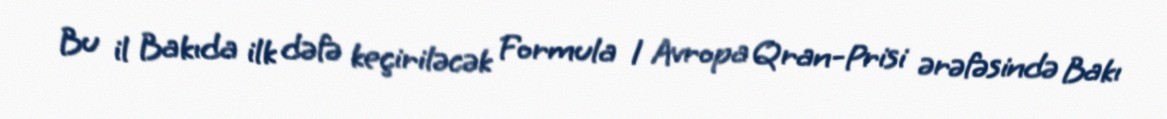
Bu il Bakıda ilk dəfə keçiriləcək Formula 1 Avropa Qran-Prisi ərəfəsində Bakı